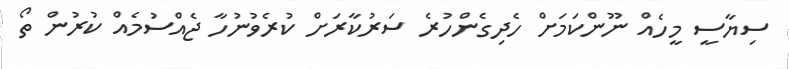
ސިޔާސީ މީހެއް ނޫންކަމަށް ހެދިގެންހުރެ ސަރުކާރަށް ކުރެވުނުހާ ޖެއްސުމެއް ކުރުން ތޯ